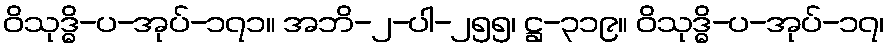
ဝိသုဒ္ဓိ-ပ-အုပ်-၁၇၁။ အဘိ-၂-ပါ-၂၅၅၊ ဋ္ဌ-၃၁၉။ ဝိသုဒ္ဓိ-ပ-အုပ်-၁၇၊